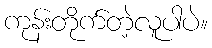
ကုန်းတိုက်တဲ့လူပါပဲ။